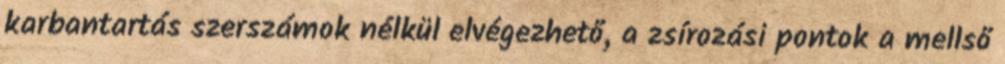
karbantartás szerszámok nélkül elvégezhető, a zsírozási pontok a mellső